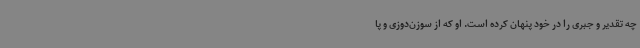
چه تقدیر و جبری را در خود پنهان کرده است. او که از سوزن‌دوزی و پا